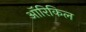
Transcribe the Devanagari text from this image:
ऑरिकिल